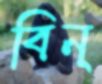
বিন্